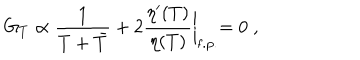
G _ { T } \propto { \frac { 1 } { T + \bar { T } } } + 2 { \frac { \eta ^ { \prime } ( T ) } { \eta ( T ) } } \biggl \vert _ { \mathrm { f . p . } } = 0 \; ,